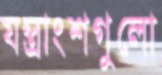
যন্ত্রাংশগুলো